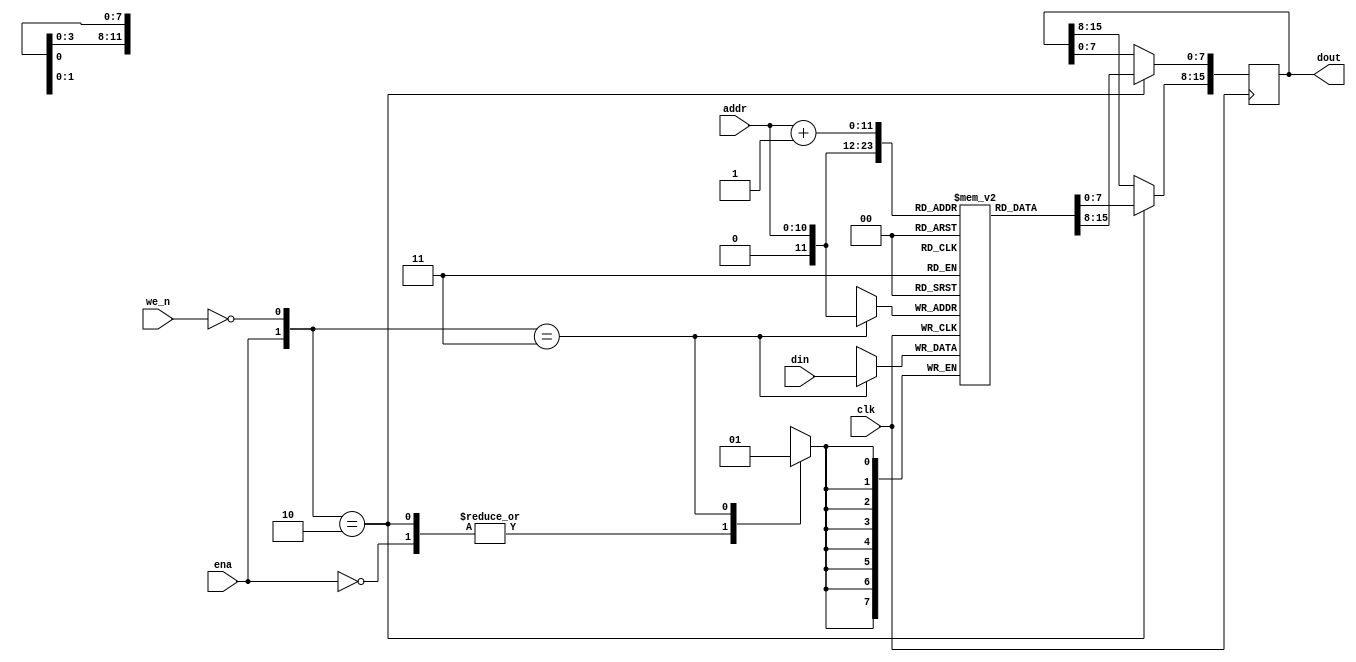
`timescale 1ns / 1ps
//////////////////////////////////////////////////////////////////////////////////
// Company: 
// Engineer: 
// 
// Design Name: 
// Module Name: mem
// Project Name: 
// Target Devices: 
// Tool Versions: 
// Description: 
//  Simple ram block 
//  when enable read or write depending on we_n. 
//  when ena = 1 
//  we_n = 0 write enable
//  we_n = 1 do not write, read enable
// Dependencies: 
// 
// Revision:
// Revision 0.01 - File Created
// Additional Comments:
// 
//////////////////////////////////////////////////////////////////////////////////


module ram(
    input               clk,
    input       [10:0]  addr, // 
    input               we_n,
    input               ena, 
    input       [7:0]   din,
    output reg  [15:0]   dout);
    
    reg [7:0] _mem[2048:0]; // 2047 + 1  mem[addr] mem[addr+1] 
    
    wire we;
    wire [1:0] rw;
    
    assign rw ={ena, ~we_n}; // read-write
    
    always@(posedge clk) begin
        casex(rw)
            2'b0?:begin // Do nothing.
            end
            2'b10:begin // Enable Read
                dout[7:0]   <= _mem[addr];
                dout[15:8]  <= _mem[addr+1];
            end
            2'b11:begin // Enable Write
                _mem[addr] <= din;
            end
        endcase
    end
endmodule